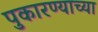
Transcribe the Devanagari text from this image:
पुकारण्याच्या